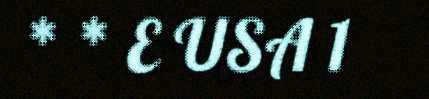
* * E USA 1